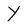
Character: Y